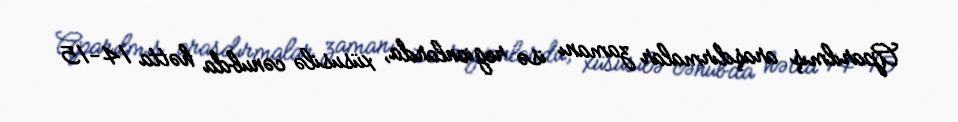
Aparılmış araşdırmalar zamanı isə regionlarda, xüsusilə cənubda hətta 14-15